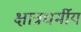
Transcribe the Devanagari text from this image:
क्षात्रधर्मीय